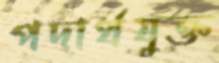
পদার্থযুক্ত